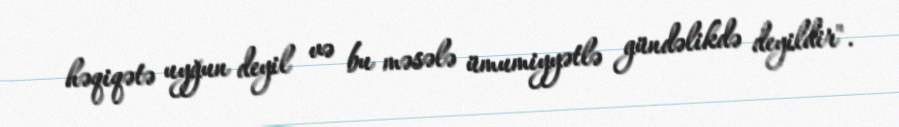
həqiqətə uyğun deyil və bu məsələ ümumiyyətlə gündəlikdə deyildir".